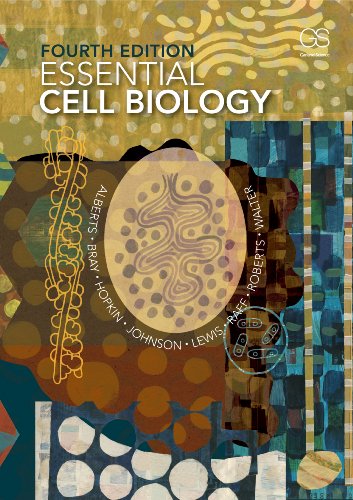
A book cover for Essential Cell Biology, 4th Edition; Bruce Alberts; Medical Books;